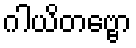
ဂါယိတဗ္ဗော